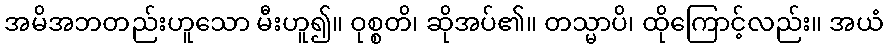
အမိအဘတည်းဟူသော မီးဟူ၍။ ဝုစ္စတိ၊ ဆိုအပ်၏။ တသ္မာပိ၊ ထိုကြောင့်လည်း။ အယံ